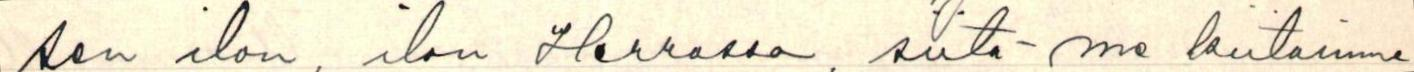
sen ilon, ilon Herrassa, siitä me kiitämme